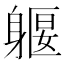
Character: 躽